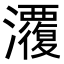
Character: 𭳱